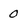
Character: 0